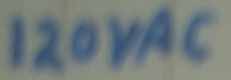
Text: 120VAC